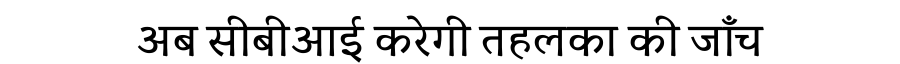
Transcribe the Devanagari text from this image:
अब सीबीआई करेगी तहलका की जाँच